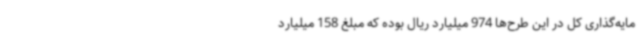
مایه‌گذاری کل در این طرح‌ها 974 میلیارد ریال بوده که مبلغ 158 میلیارد